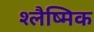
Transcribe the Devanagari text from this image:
श्‍लैष्‍मिक